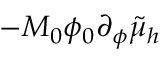
- M _ { 0 } \phi _ { 0 } \partial _ { \phi } \tilde { \mu } _ { h }